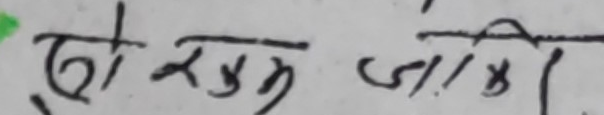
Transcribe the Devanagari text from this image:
दो रकम जम्मा